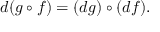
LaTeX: d ( g \circ f ) = ( d g ) \circ ( d f ) .